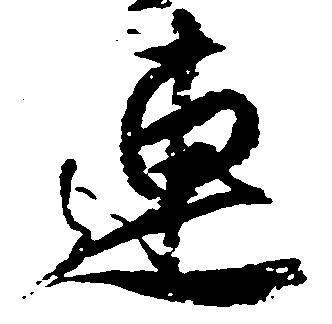
連